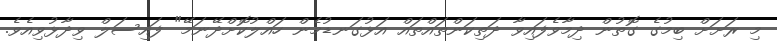
މި ރަށަށް ބިމުގެ ގޮތުން ދިމާވެފައިވާ ދަތިކަންތައްތައް އަޅުގަނޑުމެން ހައްލުކޮށްދޭނަމޭ" ފައިސަލް ވިދާޅުވިއެވެ.